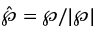
\hat { \boldsymbol { \wp } } = \boldsymbol { \wp } / | \boldsymbol { \wp } |